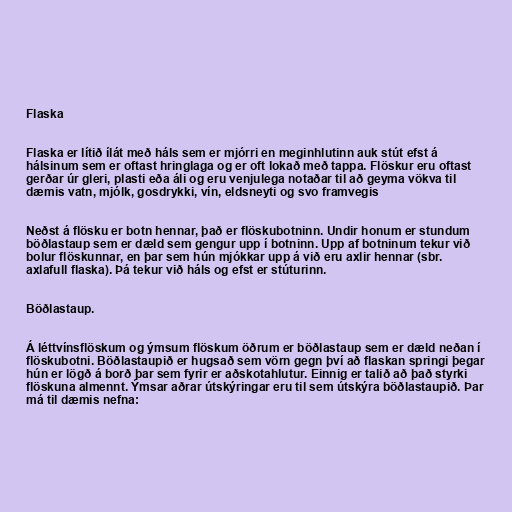
Flaska

Flaska er lítið ílát með háls sem er mjórri en meginhlutinn auk stút efst á
hálsinum sem er oftast hringlaga og er oft lokað með tappa. Flöskur eru oftast
gerðar úr gleri, plasti eða áli og eru venjulega notaðar til að geyma vökva til
dæmis vatn, mjólk, gosdrykki, vín, eldsneyti og svo framvegis

Neðst á flösku er botn hennar, það er flöskubotninn. Undir honum er stundum
böðlastaup sem er dæld sem gengur upp í botninn. Upp af botninum tekur við
bolur flöskunnar, en þar sem hún mjókkar upp á við eru axlir hennar (sbr.
axlafull flaska). Þá tekur við háls og efst er stúturinn.

Böðlastaup.

Á léttvínsflöskum og ýmsum flöskum öðrum er böðlastaup sem er dæld neðan í
flöskubotni. Böðlastaupið er hugsað sem vörn gegn því að flaskan springi þegar
hún er lögð á borð þar sem fyrir er aðskotahlutur. Einnig er talið að það styrki
flöskuna almennt. Ýmsar aðrar útskýringar eru til sem útskýra böðlastaupið. Þar
má til dæmis nefna: